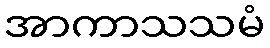
အာကာသသမံ